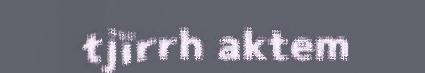
tjïrrh aktem